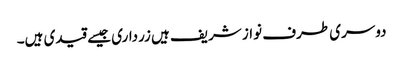
دوسری طرف نواز شریف ہیں زرداری جیسے قیدی ہیں۔